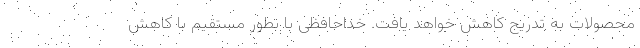
محصولات به تدریج کاهش خواهد یافت. خداحافظی با بطور مستقیم با کاهش